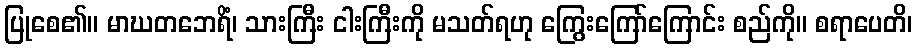
ပြုစေ၏။ မာဃတဘေရိံ၊ သားကြီး ငါးကြီးကို မသတ်ရဟု ကြွေးကြော်ကြောင်း စည်ကို။ စရာပေတိ၊